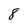
Character: 8